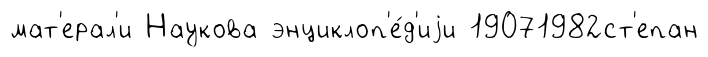
мат'ерал'и Наукова энциклоп'е́д'иjи 19071982ст'епан